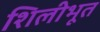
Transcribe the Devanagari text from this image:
शिलीभूत